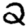
Digit: 2